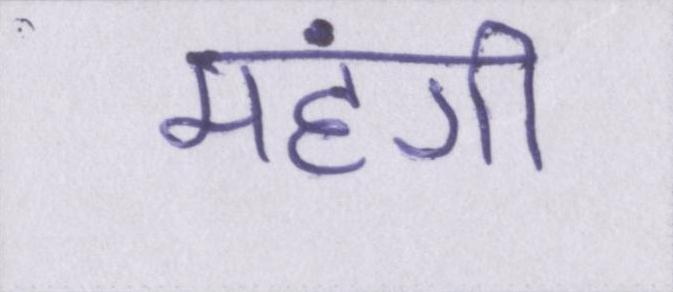
महंगी